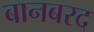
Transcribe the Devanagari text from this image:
बानबरद